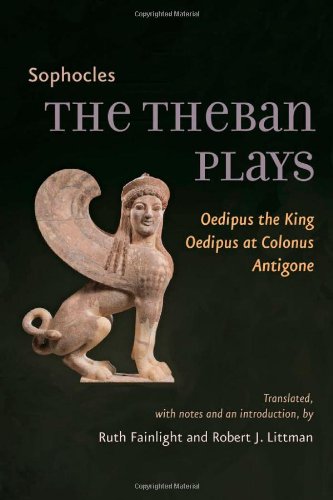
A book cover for The Theban Plays: Oedipus the King, Oedipus at Colonus, Antigone (Johns Hopkins New Translations from Antiquity); Sophocles; Literature & Fiction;